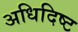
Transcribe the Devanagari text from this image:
अधिदिष्ट